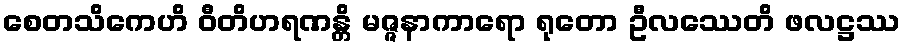
စေတသိကေဟိ ဝီတိဟရဏန္တိ မဇ္ဇနာကာရော ရုတော ဦလဿေတိ ဖလဋ္ဌဿ